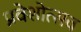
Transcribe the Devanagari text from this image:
प्रवेशोत्सव